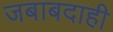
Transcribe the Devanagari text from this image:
जबाबदाही